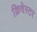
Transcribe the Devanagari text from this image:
क्रिचेस्टर